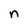
Character: n